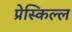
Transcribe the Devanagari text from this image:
प्रेस्किल्ल